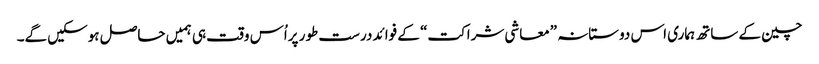
چین کے ساتھ ہماری اس دوستانہ ”معاشی شراکت“ کے فوائد درست طور پراُس وقت ہی ہمیں حاصل ہوسکیں گے۔